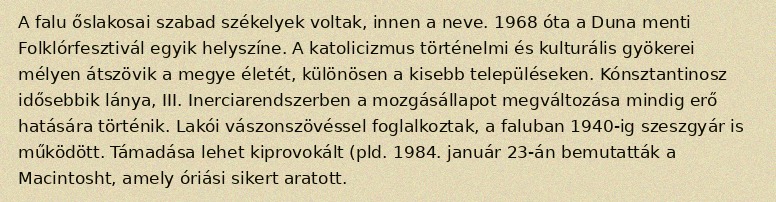
A falu őslakosai szabad székelyek voltak, innen a neve. 1968 óta a Duna menti Folklórfesztivál egyik helyszíne. A katolicizmus történelmi és kulturális gyökerei mélyen átszövik a megye életét, különösen a kisebb településeken. Kónsztantinosz idősebbik lánya, III. Inerciarendszerben a mozgásállapot megváltozása mindig erő hatására történik. Lakói vászonszövéssel foglalkoztak, a faluban 1940-ig szeszgyár is működött. Támadása lehet kiprovokált (pld. 1984. január 23-án bemutatták a Macintosht, amely óriási sikert aratott.